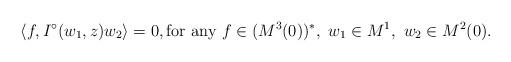
LaTeX: \begin{align*}\langle f, I^{\circ}(w_1, z)w_2\rangle=0,\mbox{for any}\ f\in (M^3(0))^*,\ w_1\in M^1,\ w_2\in M^2(0).\end{align*}